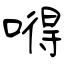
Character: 嘚